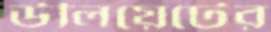
উলিয়েটের